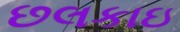
છલકાઇ